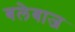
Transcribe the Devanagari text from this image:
बलेबाज